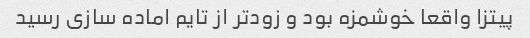
پیتزا واقعا خوشمزه بود و زود‌تر از تایم اماده سازی رسید